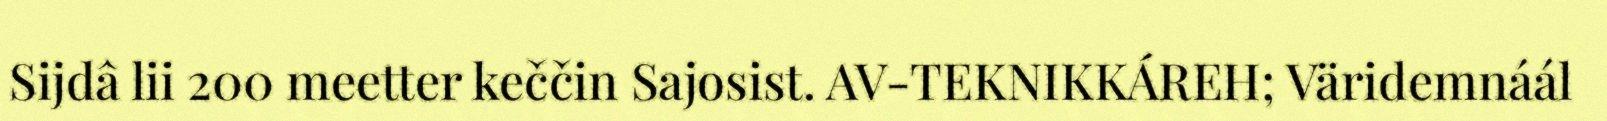
Sijdâ lii 200 meetter keččin Sajosist. AV-TEKNIKKÁREH; Väridemnáál